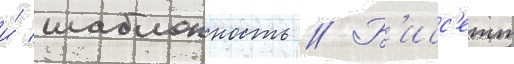
и́ шаблонность // Б'исс'етт